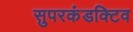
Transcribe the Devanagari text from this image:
सुपरकंडक्टिव